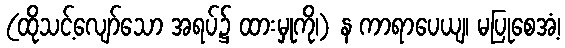
(ထိုသင့်လျော်သော အရပ်၌ ထားမှုကို၊) န ကာရာပေယျ၊ မပြုစေအံ့၊